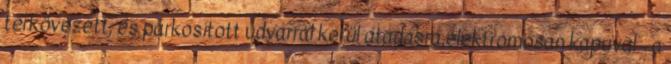
térkövezett, és parkosított udvarral kerül átadásra,elektromosan kapuval - a